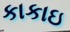
કાકાઇ